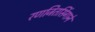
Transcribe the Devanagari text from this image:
रणजितसिंगाने